Annual report on the working of the mental hospitals in the Madras Presidency - 1912-1932
Year: 1912
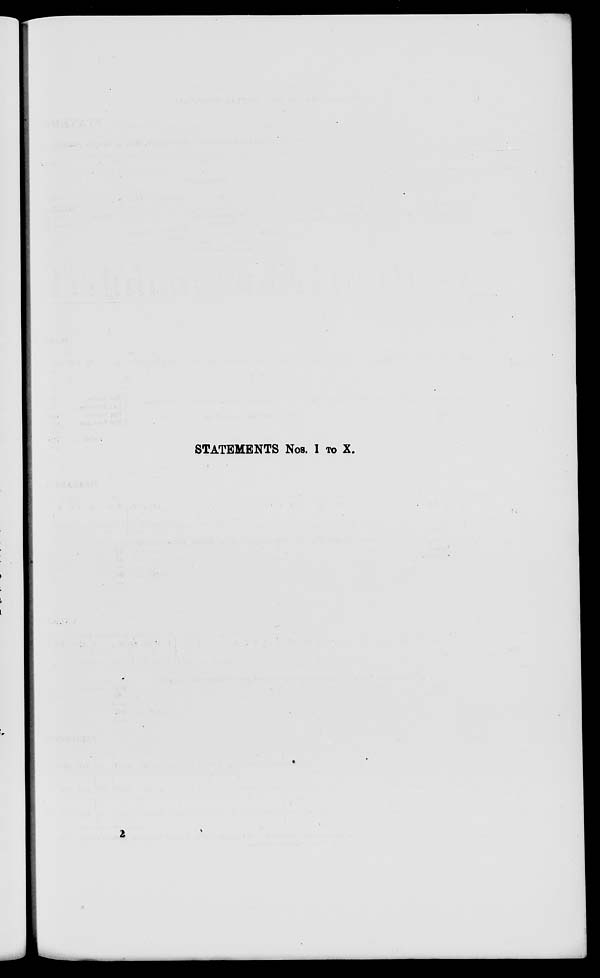
STATEMENTS Nos. I TO X.
2